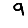
Digit: 9